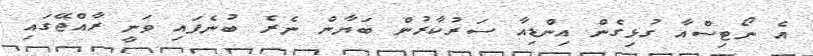
އެ ނޯޓިސްއާ ގުޅިގެން އިންޑިއާ ސަރުކާރުން ބަޔާން ނެރެ ބުނެފައި ވަނީ ރާއްޖޭގައި